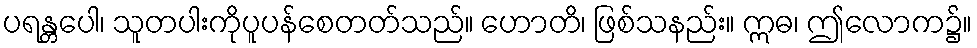
ပရန္တပေါ၊ သူတပါးကိုပူပန်စေတတ်သည်။ ဟောတိ၊ ဖြစ်သနည်း။ ဣဓ၊ ဤလောက၌။